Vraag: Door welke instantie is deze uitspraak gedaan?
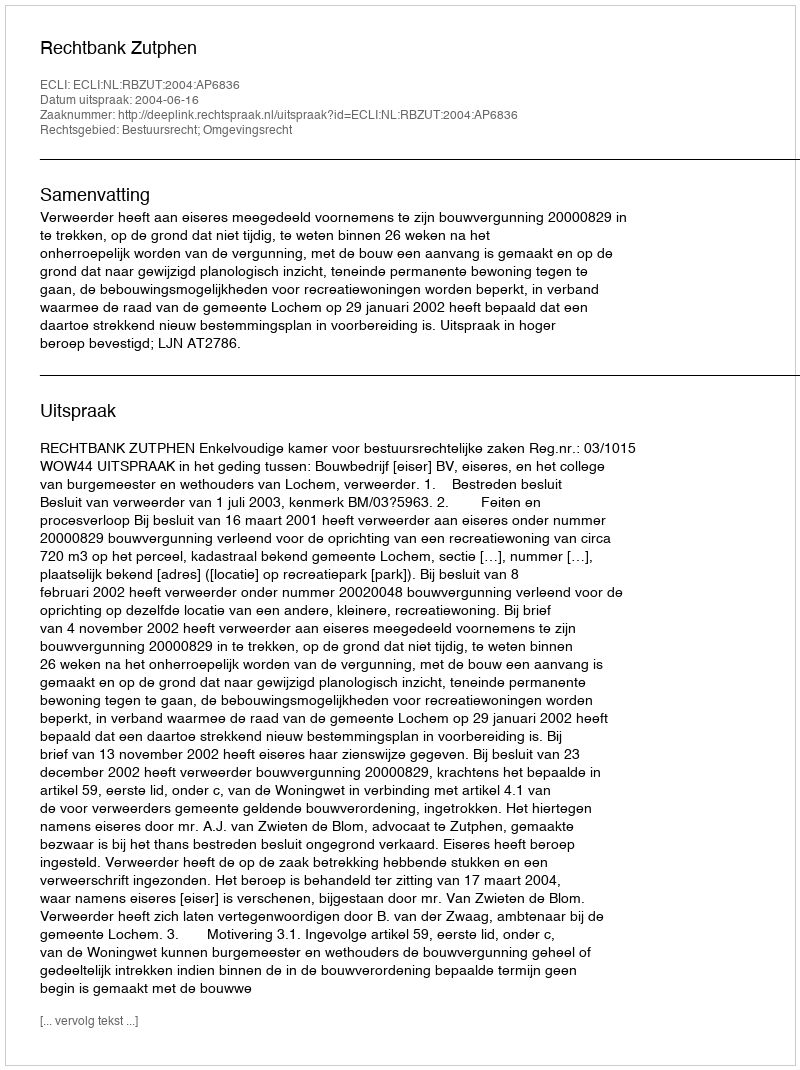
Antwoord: Rechtbank Zutphen